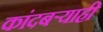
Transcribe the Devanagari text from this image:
कांदबऱ्याही